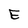
Character: E